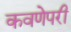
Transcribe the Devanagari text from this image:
कवणेपरी